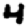
Digit: 4